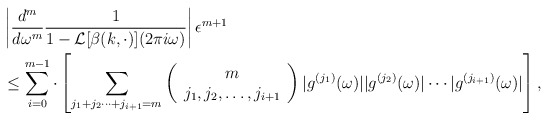
\begin{align*}&\left|\frac{d^m}{d\omega^m}\frac{1}{1-\mathcal{L}[\beta(k,\cdot)](2\pi i \omega)}\right|\epsilon^{m+1}\\&\le\sum_{i=0}^{m-1}\cdot \left[\sum_{j_1+j_2 \cdots +j_{i+1}=m}\left(\begin{array}{c}m\\j_1,j_2,\ldots ,j_{i+1}\end{array}\right)|g^{(j_1)}(\omega)||g^{(j_2)}(\omega)| \cdots |g^{(j_{i+1})}(\omega)|\right],\end{align*}